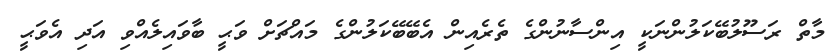
މާތް ރަސޫލުބޭކަލުންނަކީ އިންސާނުންގެ ތެރެއިން އެބޭބޭކަލުންގެ މައްޗަށް ވަޙީ ބާވައިލެއްވި އަދި އެވަޙީ